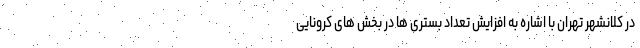
در کلانشهر تهران با اشاره به افزایش تعداد بستری ها در بخش های کرونایی